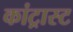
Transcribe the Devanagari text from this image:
कांट्रास्ट